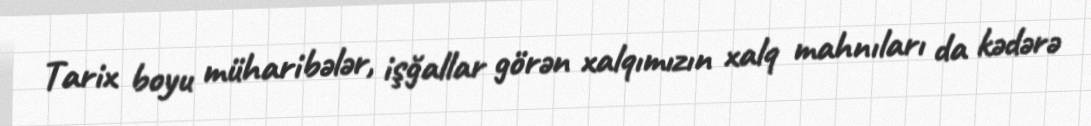
Tarix boyu müharibələr, işğallar görən xalqımızın xalq mahnıları da kədərə